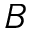
B